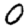
Digit: 0